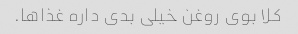
کلا بوی روغن خیلی بدی داره غذاها.